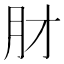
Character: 𬁱